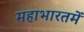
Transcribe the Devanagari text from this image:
महाभारतमें